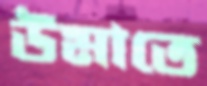
উমাতে